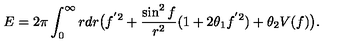
E = 2 \pi \int _ { 0 } ^ { \infty } r d r \big ( f ^ { ' 2 } + \frac { \sin ^ { 2 } f } { r ^ { 2 } } ( 1 + 2 \theta _ { 1 } f ^ { ' 2 } ) + \theta _ { 2 } V ( f ) \big ) .